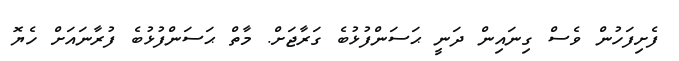
ފެށިފަހުން ވެސް ގިނައިން ދަނީ ޙަސަންފުޅުބެ ގަރާޖަށް. މާތް ޙަސަންފުޅުބެ ފުރާނައަށް ހެޔޮ